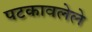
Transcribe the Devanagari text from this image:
पटकावलेले